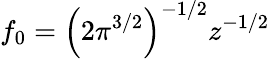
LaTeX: f_{0}=\left(2{\pi}^{3/2}\right)^{-1/2}z^{-1/2}